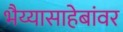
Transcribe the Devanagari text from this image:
भैय्यासाहेबांवर